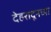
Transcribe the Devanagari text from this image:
देहरादूनच्या